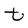
Character: t